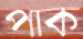
পাক